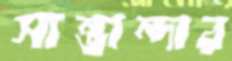
সান্তান্দার